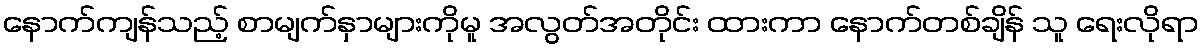
နောက်ကျန်သည့် စာမျက်နှာများကိုမူ အလွတ်အတိုင်း ထားကာ နောက်တစ်ချိန် သူ ရေးလိုရာ